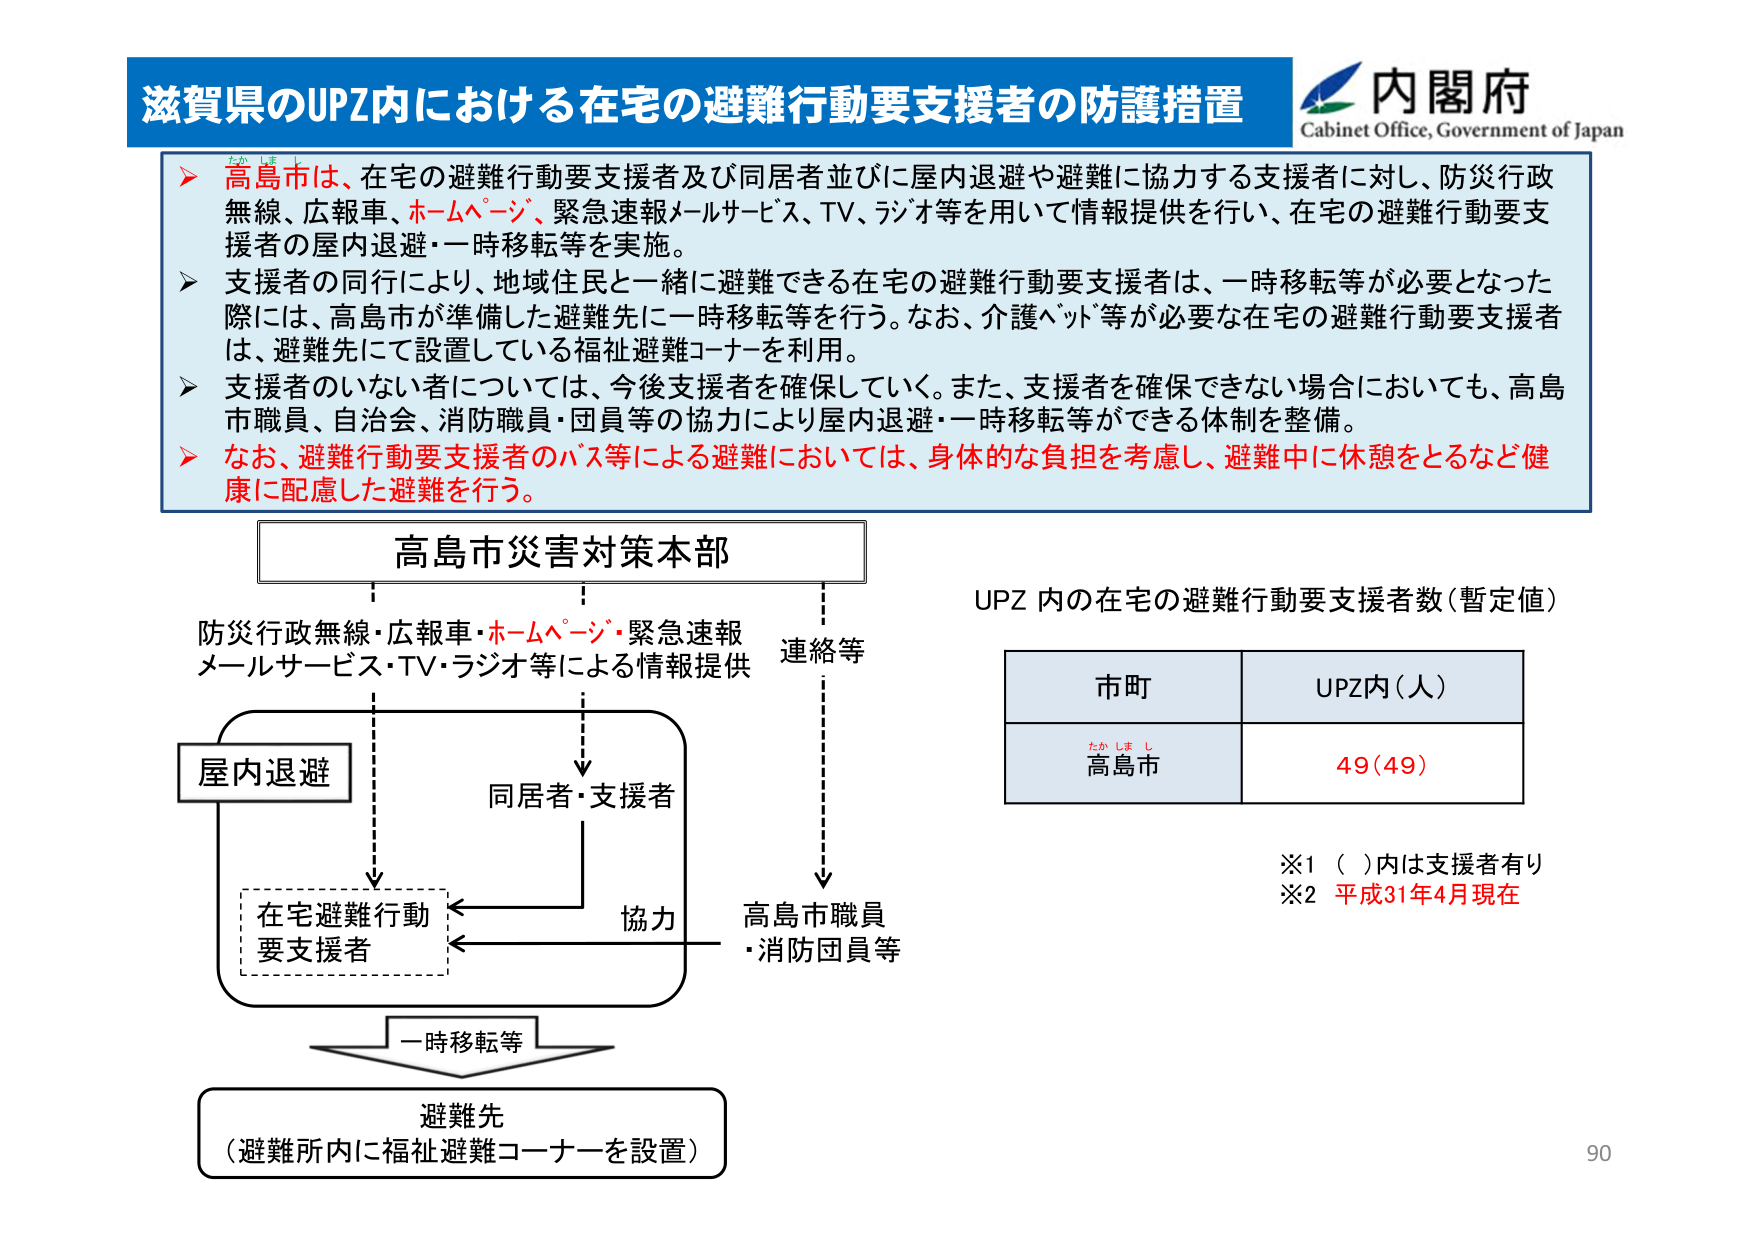
滋賀県のUPZ内における在宅の避難行動要支援者の防護措置
内閣府
Cabinet Office, Government of Japan

▶ 高島市は、在宅の避難行動要支援者及び同居者並びに屋内退避や避難に協力する支援者に対し、防災行政無線、広報車、ホームページ、緊急速報メールサービス、TV、ラジオ等を用いて情報提供を行い、在宅の避難行動要支援者の屋内退避・一時移転等を実施。
▶ 支援者の同行により、地域住民と一緒に避難できる在宅の避難行動要支援者は、一時移転等が必要となった際には、高島市が準備した避難先に一時移転等を行う。なお、介護ベッド等が必要な在宅の避難行動要支援者は、避難先にて設置している福祉避難コーナーを利用。
▶ 支援者のいない者については、今後支援者を確保していく。また、支援者を確保できない場合においても、高島市職員、自治会、消防職員・団員等の協力により屋内退避・一時移転等ができる体制を整備。
▶ なお、避難行動要支援者のバス等による避難においては、身体的な負担を考慮し、避難中に休憩をとるなど健康に配慮した避難を行う。

高島市災害対策本部
防災行政無線・広報車・ホームページ・緊急速報メールサービス・TV・ラジオ等による情報提供
連絡等
屋内退避
同居者・支援者
在宅避難行動要支援者
協力
高島市職員・消防団員等
一時移転等
避難先（避難所内に福祉避難コーナーを設置）

UPZ 内の在宅の避難行動要支援者数（暫定値）
市町　　　　　UPZ内（人）
高島市　　　　49（49）
※1 （ ）内は支援者有り
※2 平成31年4月現在

90